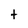
Character: t